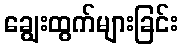
ချွေးထွက်များခြင်း